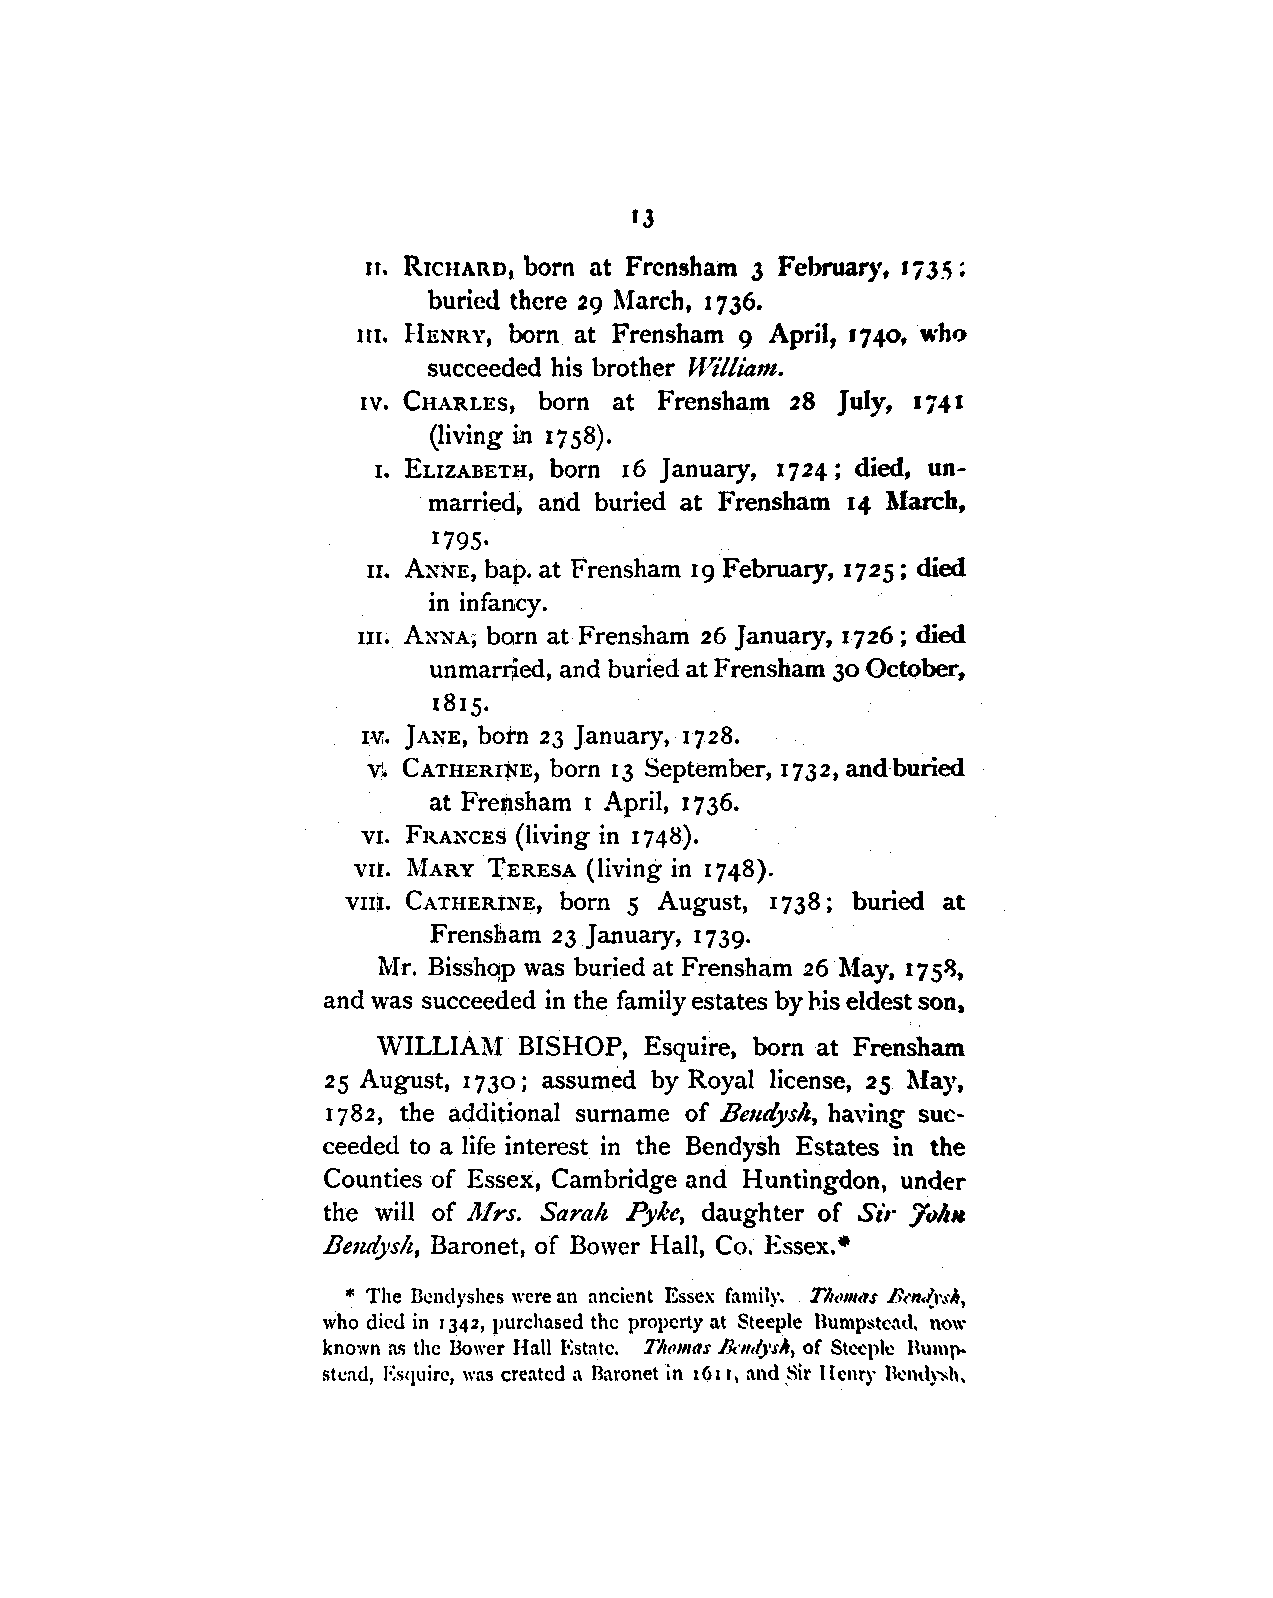
IJ
 n. RrcHARD, born at Frcnsham J February, liJ.5;
 buried there 29 March, 17 36.
 1 n. HENRY, born at Frensham 9 April, 17 40, who
 succeeded his brother 1¥illia11t.
 IV, CHARLES, born at Frensham 28 July, 1741
 (living in 1758).
 1. ELIZABETH, born 16 January, 1724; died, un
 married, and buried at Frensham 14 March,
 1795·
 n. ANNE, hap. at Frensham 19 February, 1725; died
 in infancy.
 III, ANNA, born at Frensham 26 January, 1726 ; died
 unmarried, and buried at F rensham 30 October,
 1815.
 rvr. JANE, botn 23 January, 1728.
 v~ CATHERI~E, born 13 September, 1732, and buried
 at Frensham I April, 17 36.
 VI, FRANCES (living in 1748).
 VII. l\1ARY rERESA (living in 1748).
 vnlI. CATHERtNE, born 5 August, 1738; buried at
 Frensnam 23 January, 1739.
 Mr. Bisshqp was buried at Frensham 26 May, 17 5~,
 and was succeeded in the family estates by his eldest son.
 WILLIAl\1 BISHOP, Esquire, born at Frensham
 25 August, 1730; assumed by Royal license, 25 Afay,
 1782, the additional surname of Bmdysh, having suc
 ceeded to a life interest in the Bendysh Estates in the
 Counties of Essex, Cambridge and Huntingdon, under
 the will of Airs. Sarah Pyke, daughter of Sti· 7vllM
 Bendysh, Baronet, of Bower Hall, Co. Essex.•
 * The llcndyshes were an ancient Essex family. Tlt<111t<1s Bm,{,-_\'lt,
 who died in 1 342, purchased the property at Steeple Bumpstcnd, now
 known as the Bower Hall Estate. Tlt<1111<1s JJ,:11,lyslt, of Stccpll! Huml)-
 stcad, Es<1uirc, was created a Baronet in 161 r I and ,Sir Henry H~ndy~h.